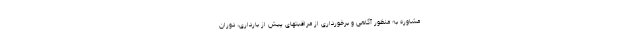
مشاوره به منظور آگاهی و برخورداری از مراقبتهای پیش از بارداری، دوران